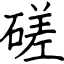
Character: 磋